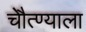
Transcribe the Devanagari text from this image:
चेौत्ण्याला